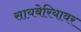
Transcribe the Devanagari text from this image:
सायबेरियावर